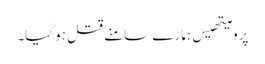
پرومیتھیس ہمارے سامنے قتل ہوگیا۔